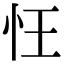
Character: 忹